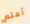
أعلم